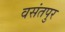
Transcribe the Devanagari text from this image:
वसंतपुर